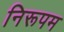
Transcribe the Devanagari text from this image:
निरूपम